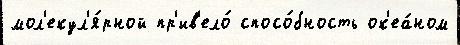
мол'екул'я́рной пр'ив'ело́ спосо́бность ок'еа́ном